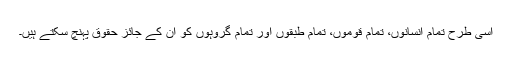
اسی طرح تمام انسانوں، تمام قوموں، تمام طبقوں اور تمام گروہوں کو ان کے جائز حقوق پہنچ سکتے ہیں۔